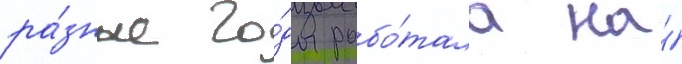
ра́зные го́ды рабо́тала на́